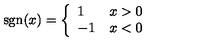
\mathrm { s g n } ( x ) = \left\{ \begin{array} { l l } { 1 \ } & { x > 0 } \\ { - 1 } & { x < 0 } \\ \end{array} \right.